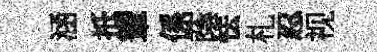
涵扺輦係蔭怯札忍视